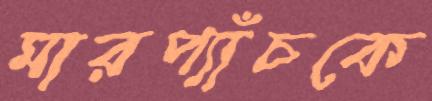
মারপ্যাঁচকে